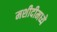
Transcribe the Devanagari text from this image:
मशीदीमध्ये